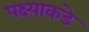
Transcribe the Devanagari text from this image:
पक्ष्याकडे